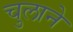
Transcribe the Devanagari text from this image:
चुलाने